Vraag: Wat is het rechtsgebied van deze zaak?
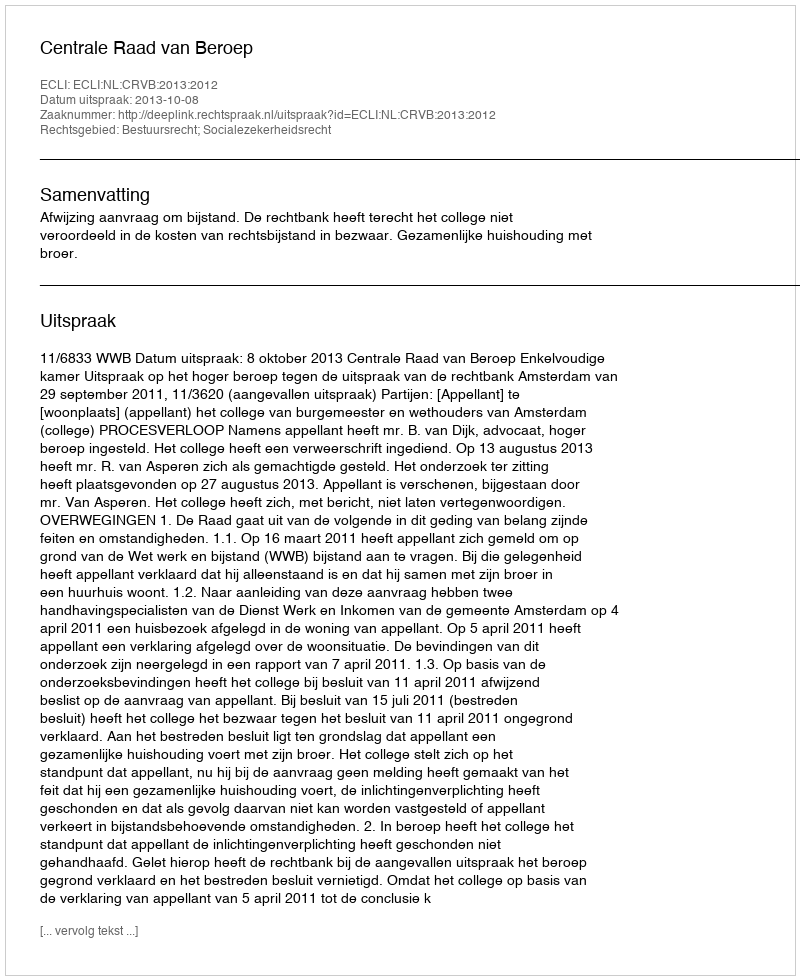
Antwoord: Bestuursrecht; Socialezekerheidsrecht